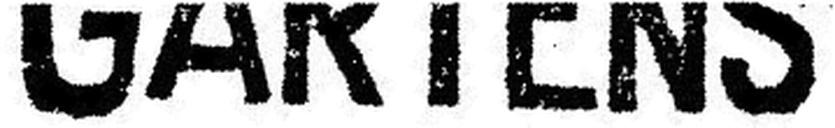
GARTENS